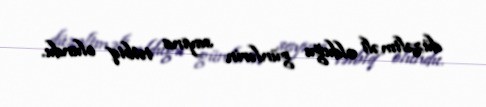
düzəltməli olduğu günlərin sayına tətbiq olundu.